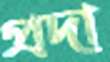
প্রদা